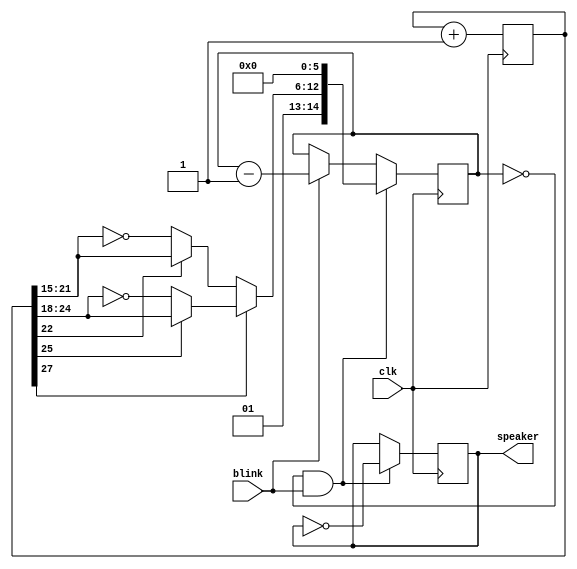
module Buzzer(input clk, blink, output speaker);
reg [27:0] tone;
always @(posedge clk) tone <= tone+1;

wire [6:0] fastsweep = (tone[22] ? tone[21:15] : ~tone[21:15]);
wire [6:0] slowsweep = (tone[25] ? tone[24:18] : ~tone[24:18]);
wire [14:0] clkdivider = {2'b01, (tone[27] ? slowsweep : fastsweep), 6'b000000};

reg [14:0] counter;
always @(posedge clk) if(counter==0 && blink) counter <= clkdivider; else if(blink) counter <= counter-1;

reg speaker;
always @(posedge clk) if(counter==0 && blink) speaker <= ~speaker;
endmodule